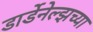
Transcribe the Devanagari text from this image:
डार्डेनेल्झच्या